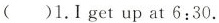
( )1.I get up at 6:30.